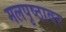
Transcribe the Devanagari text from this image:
मलपृष्ठावर